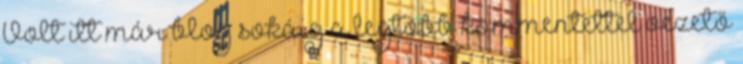
Volt itt már blog sokáig a legtöbb kommentettel vezető